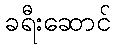
ခရီးဆောင်